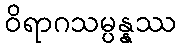
ဝိရာဂသမ္ပန္နဿ